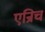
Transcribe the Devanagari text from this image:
एन्रिच